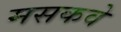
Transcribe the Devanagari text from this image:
मसकवे